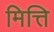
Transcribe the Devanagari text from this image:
मित्ति